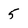
Character: 5